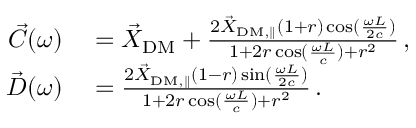
\begin{array} { r l } { \vec { C } ( \omega ) } & { { } = \vec { X } _ { \mathrm { D M } } + \frac { 2 \vec { X } _ { \mathrm { D M , \parallel } } ( 1 + r ) \cos ( \frac { \omega L } { 2 c } ) } { 1 + 2 r \cos ( \frac { \omega L } { c } ) + r ^ { 2 } } \, , } \\ { \vec { D } ( \omega ) } & { { } = \frac { 2 \vec { X } _ { \mathrm { D M , \parallel } } ( 1 - r ) \sin ( \frac { \omega L } { 2 c } ) } { 1 + 2 r \cos ( \frac { \omega L } { c } ) + r ^ { 2 } } \, . } \end{array}